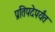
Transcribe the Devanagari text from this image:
प्रतिपदेपर्यंत